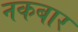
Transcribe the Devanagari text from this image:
नकबार